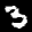
Label: 3